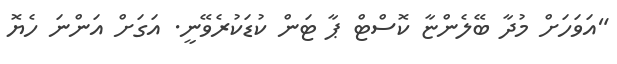
"އަވަހަށް މުދާ ބޭލެންޏާ ކޮސްޓް ޕާ ޓަން ކުޑަކުރެވޭނީ. އަގަށް އަންނަ ހެޔޮ